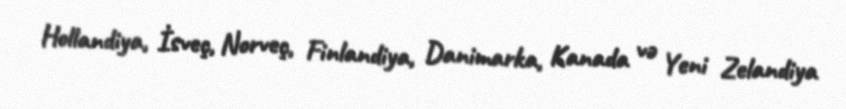
Hollandiya, İsveç, Norveç, Finlandiya, Danimarka, Kanada və Yeni Zelandiya